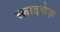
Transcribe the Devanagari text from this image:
स्लाइसेज़